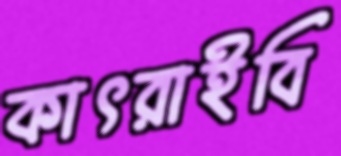
কাৎরাইবি